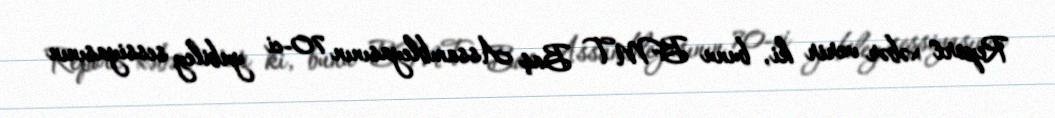
Report" xəbər verir ki, bunu BMT Baş Assambleyasının 70-ci yubiley sessiyasının